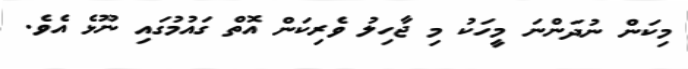
މިކަން ނުދަންނަ މީހަކު މި ޖާހިލު ވެރިކަން އޮތް ގައުމުގައި ނޫޅެ އެވެ.